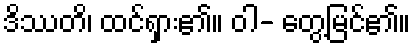
ဒိဿတိ၊ ထင်ရှား၏။ ဝါ- တွေ့မြင်၏။